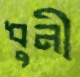
ধুনী